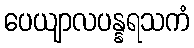
ပေယျာလပန္နရသကံ